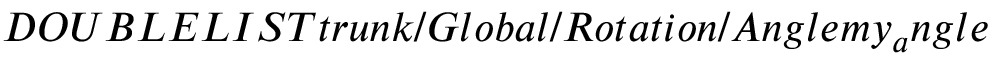
D O U B L E L I S T t r u n k / G l o b a l / R o t a t i o n / A n g l e m y _ { a } n g l e